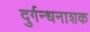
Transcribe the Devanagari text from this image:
दुर्गन्धनाशक